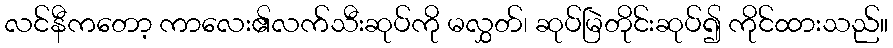
လင်နီကတော့ ကာလေး၏လက်သီးဆုပ်ကို မလွှတ်၊ ဆုပ်မြဲတိုင်းဆုပ်၍ ကိုင်ထားသည်။